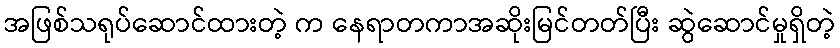
အဖြစ်သရုပ်ဆောင်ထားတဲ့ က နေရာတကာအဆိုးမြင်တတ်ပြီး ဆွဲဆောင်မှုရှိတဲ့